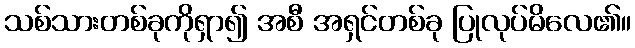
သစ်သားတစ်ခုကိုရှာ၍ အစီ အရှင်တစ်ခု ပြုလုပ်မိလေ၏။